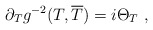
\begin{align*}\partial_T g^{-2}(T,\overline{T})=i\Theta_T\ ,\end{align*}